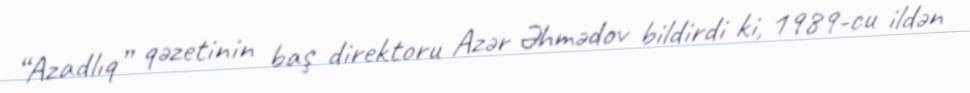
“Azadlıq” qəzetinin baş direktoru Azər Əhmədov bildirdi ki, 1989-cu ildən